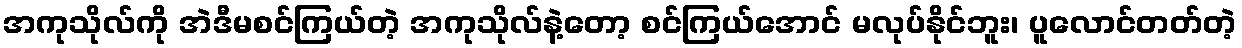
အကုသိုလ်ကို အဲဒီမစင်ကြယ်တဲ့ အကုသိုလ်နဲ့တော့ စင်ကြယ်အောင် မလုပ်နိုင်ဘူး၊ ပူလောင်တတ်တဲ့